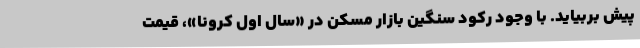
پیش بربیاید. با وجود رکود سنگین بازار مسکن در «سال اول کرونا»، قیمت‌